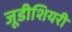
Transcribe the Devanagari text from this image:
जूडीशियरी